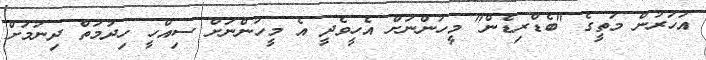
އަހަރުން މަތީގެ "ބެޑްރިޑެން" މީހުންނަށް އެހީވެދީ އެ މީހުންނަށް ސިއްހީ ހިދުމަތް ދިނުމަށް